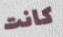
كانت